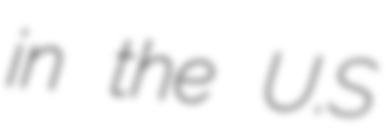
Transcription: in the U.S